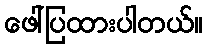
ဖေါ်ပြထားပါတယ်။